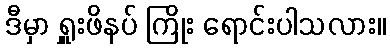
ဒီမှာ ရှူးဖိနပ် ကြိုး ရောင်းပါသလား။